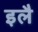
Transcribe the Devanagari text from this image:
इलै